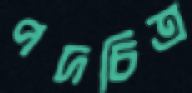
পদচিত্র